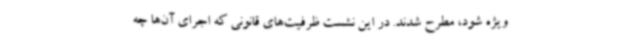
ویژه شود، مطرح شدند. در این نشست ظرفیت‌های قانونی که اجرای آن‌ها چه